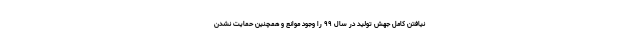
نیافتن کامل جهش تولید در سال ۹۹ را وجود موانع و همچنین حمایت نشدن